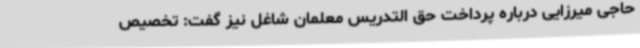
حاجی میرزایی درباره پرداخت حق التدریس معلمان شاغل نیز گفت: تخصیص